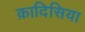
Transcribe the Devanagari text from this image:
क़ादिसिया